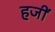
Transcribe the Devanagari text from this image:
हजीं